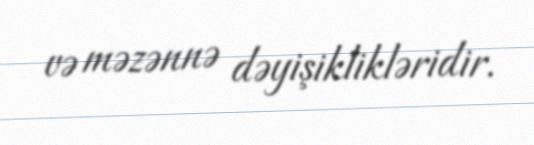
və məzənnə dəyişiklikləridir.